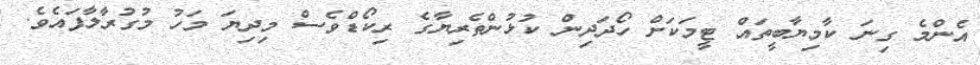
އެންމެ ގިނަ ކާމިޔާބީތައް ޓީމަކަށް ހޯދަދިން ކުޅުންތެރިޔާގެ ރިކޯޑްވެސް މިދިޔަ މަހު މުގުރާލާފައެވެ.